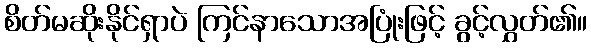
စိတ်မဆိုးနိုင်ရှာပဲ ကြင်နာသောအပြုံးဖြင့် ခွင့်လွှတ်၏။